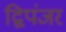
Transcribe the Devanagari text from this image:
द्विपंजर